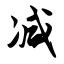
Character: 减